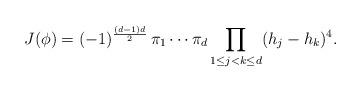
LaTeX: \begin{align*} J(\phi)=(-1)^{\frac{(d-1)d}{2}}\,\pi_1\cdots\pi_d \prod_{1\le j<k\le d}(h_j- h_k)^4. \end{align*}